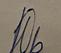
Signature authenticity: forged